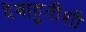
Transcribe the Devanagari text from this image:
देवाहुतीशी